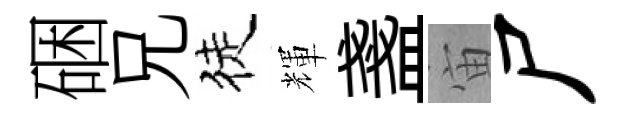
硱兄徒輝盞宙尸